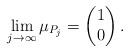
LaTeX: \begin{align*}\lim_{j \rightarrow \infty} \mu_{P_j} = \begin{pmatrix}1\\ 0\end{pmatrix}.\end{align*}